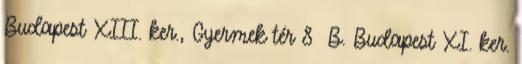
Budapest XIII. ker., Gyermek tér 8 B. Budapest XI. ker.